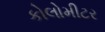
કોલોમીટર